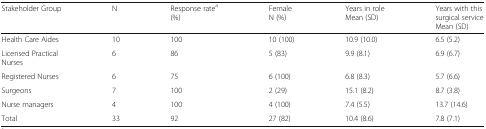
<table><thead><tr><td><b>Stakeholder Group</b></td><td><b>N</b></td><td><b>Response rate<sup>a</sup>(%)</b></td><td><b>FemaleN (%)</b></td><td><b>Years in roleMean (SD)</b></td><td><b>Years with this surgical serviceMean (SD)</b></td></tr></thead><tbody><tr><td>Health Care Aides</td><td>10</td><td>100</td><td>10 (100)</td><td>10.9 (10.0)</td><td>6.5 (5.2)</td></tr><tr><td>Licensed Practical Nurses</td><td>6</td><td>86</td><td>5 (83)</td><td>9.9 (8.1)</td><td>6.9 (6.7)</td></tr><tr><td>Registered Nurses</td><td>6</td><td>75</td><td>6 (100)</td><td>6.8 (8.3)</td><td>5.7 (6.6)</td></tr><tr><td>Surgeons</td><td>7</td><td>100</td><td>2 (29)</td><td>15.1 (8.2)</td><td>8.7 (3.8)</td></tr><tr><td>Nurse managers</td><td>4</td><td>100</td><td>4 (100)</td><td>7.4 (5.5)</td><td>13.7 (14.6)</td></tr><tr><td>Total</td><td>33</td><td>92</td><td>27 (82)</td><td>10.4 (8.6)</td><td>7.8 (7.1)</td></tr></tbody></table>